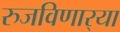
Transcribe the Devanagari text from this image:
रुजविणार्‍या